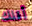
أقلك